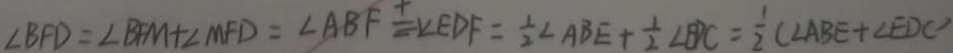
\angle B F D = \angle B F M + \angle M F D = \angle A B F = \angle E D F = \frac { 1 } { 2 } \angle A B E + \frac { 1 } { 2 } B P C = \frac { 1 } { 2 } ( \angle A B E + \angle E D C